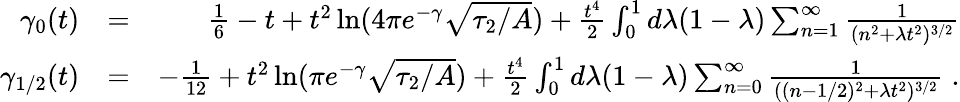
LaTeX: \begin{array}{rlr}{\gamma_{0}(t)}&{=}&{{\frac{1}{6}}-t+t^{2}\ln(4\pi e^{-\gamma}\sqrt{\tau_{2}/A})+{\frac{t^{4}}{2}}\int_{0}^{1}d\lambda(1-\lambda)\sum_{n=1}^{\infty}{\frac{1}{(n^{2}+\lambda t^{2})^{3/2}}}}\\ {\gamma_{1/2}(t)}&{=}&{-{\frac{1}{12}}+t^{2}\ln(\pi e^{-\gamma}\sqrt{\tau_{2}/A})+{\frac{t^{4}}{2}}\int_{0}^{1}d\lambda(1-\lambda)\sum_{n=0}^{\infty}{\frac{1}{((n-1/2)^{2}+\lambda t^{2})^{3/2}}}\; .}\end{array}